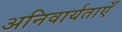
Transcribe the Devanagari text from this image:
अनिवार्यताएँ